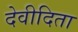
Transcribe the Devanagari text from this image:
देवीदिता